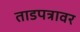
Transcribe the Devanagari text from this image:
ताडपत्रावर